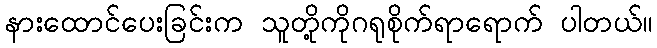
နားထောင်ပေးခြင်းက သူတို့ကိုဂရုစိုက်ရာရောက် ပါတယ်။